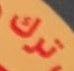
ترك